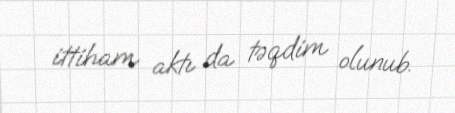
ittiham aktı da təqdim olunub.